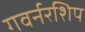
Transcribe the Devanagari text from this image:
गवर्नरशिप